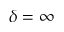
\delta = \infty